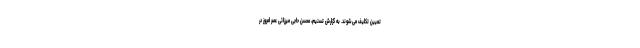
تعیین تکلیف می‌شوند. به گزارش تسنیم، محسن حاجی میرزائی عصر امروز در